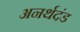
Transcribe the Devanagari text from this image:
अनर्थदंड